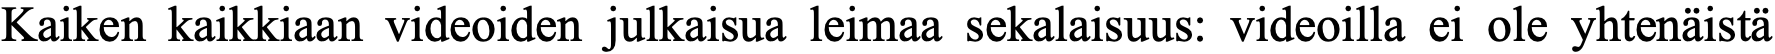
Kaiken kaikkiaan videoiden julkaisua leimaa sekalaisuus: videoilla ei ole yhtenäistä